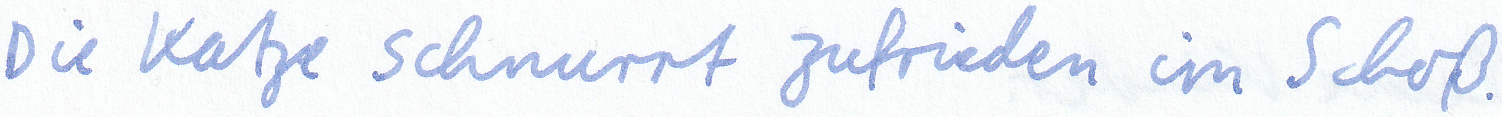
Die Katze schnurrt zufrieden im Schoß.